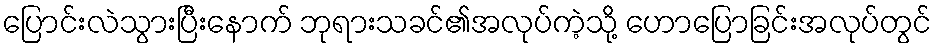
ပြောင်းလဲသွားပြီးနောက် ဘုရားသခင်၏အလုပ်ကဲ့သို့ ဟောပြောခြင်းအလုပ်တွင်